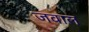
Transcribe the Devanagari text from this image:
जवाल